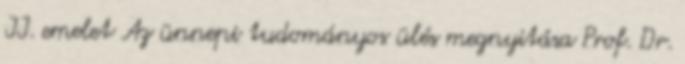
II. emelet Az ünnepi tudományos ülés megnyitása Prof. Dr.